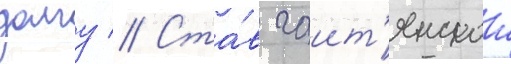
долгу // Ста́в гаит'янскои